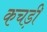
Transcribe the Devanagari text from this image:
कचड़ी